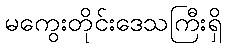
မကွေးတိုင်းဒေသကြီးရှိ